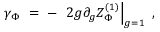
\gamma _ { \Phi } ~ = ~ - ~ \left. 2 g \partial _ { g } Z _ { \Phi } ^ { ( 1 ) } \right| _ { g = 1 } ~ ,